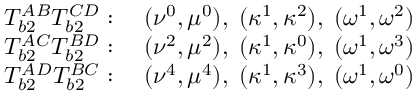
\begin{array} { l l } { T _ { b 2 } ^ { A B } T _ { b 2 } ^ { C D } : } & { \; ( \nu ^ { 0 } , \mu ^ { 0 } ) , \; ( \kappa ^ { 1 } , \kappa ^ { 2 } ) , \; ( \omega ^ { 1 } , \omega ^ { 2 } ) } \\ { T _ { b 2 } ^ { A C } T _ { b 2 } ^ { B D } : } & { \; ( \nu ^ { 2 } , \mu ^ { 2 } ) , \; ( \kappa ^ { 1 } , \kappa ^ { 0 } ) , \; ( \omega ^ { 1 } , \omega ^ { 3 } ) } \\ { T _ { b 2 } ^ { A D } T _ { b 2 } ^ { B C } : } & { \; ( \nu ^ { 4 } , \mu ^ { 4 } ) , \; ( \kappa ^ { 1 } , \kappa ^ { 3 } ) , \; ( \omega ^ { 1 } , \omega ^ { 0 } ) } \end{array}